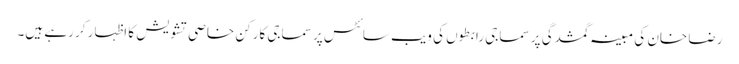
رضا خان کی مبینہ گمشدگی پر سماجی رابطوں کی ویب سائٹس پر سماجی کارکن خاصی تشویش کا اظہار کر رہے ہیں۔